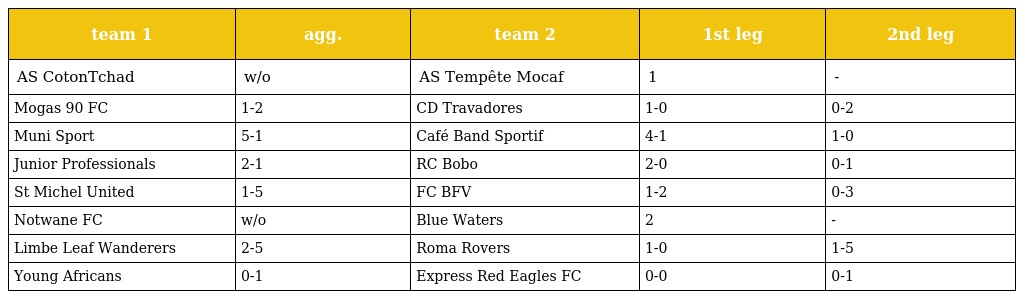
| team 1 | agg. | team 2 | 1st leg | 2nd leg |
 | --- | --- | --- | --- | --- |
 | AS CotonTchad | w/o | AS Tempête Mocaf | 1 | - |
 | Mogas 90 FC | 1-2 | CD Travadores | 1-0 | 0-2 |
 | Muni Sport | 5-1 | Café Band Sportif | 4-1 | 1-0 |
 | Junior Professionals | 2-1 | RC Bobo | 2-0 | 0-1 |
 | St Michel United | 1-5 | FC BFV | 1-2 | 0-3 |
 | Notwane FC | w/o | Blue Waters | 2 | - |
 | Limbe Leaf Wanderers | 2-5 | Roma Rovers | 1-0 | 1-5 |
 | Young Africans | 0-1 | Express Red Eagles FC | 0-0 | 0-1 |